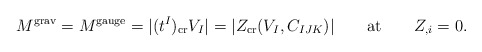
\begin{align*}M^{\rm grav} = M^{\rm gauge} =|(t^I )_{\rm cr} V_I |= |Z_{\rm cr} (V_I,C_{IJK})| \qquad {\rm at} \qquad Z_{,i}=0.\end{align*}